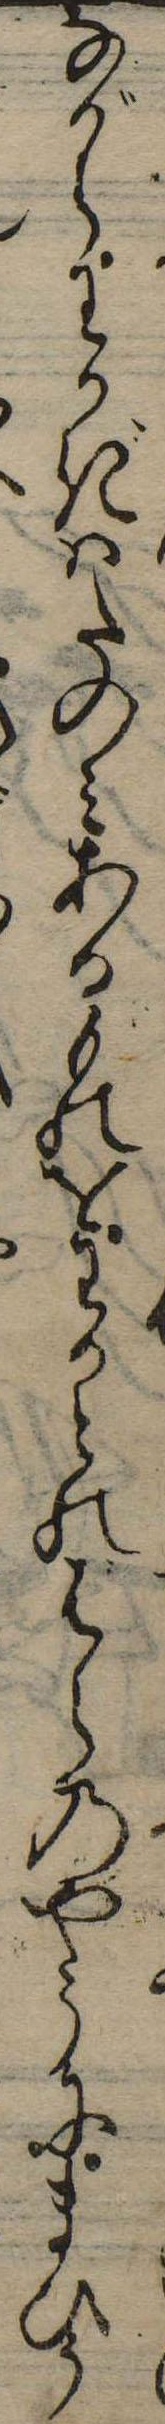
ながらわかきはたのみあるものをわかとのばらのやうにまひう